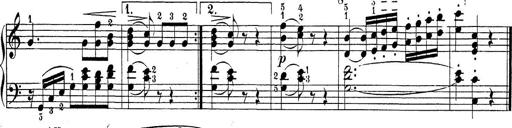
Title: Sonatina Album
Composer: Louis KÃ¶hler